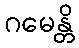
ဂမေန္တိ